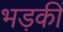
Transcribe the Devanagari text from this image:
भड़कीं